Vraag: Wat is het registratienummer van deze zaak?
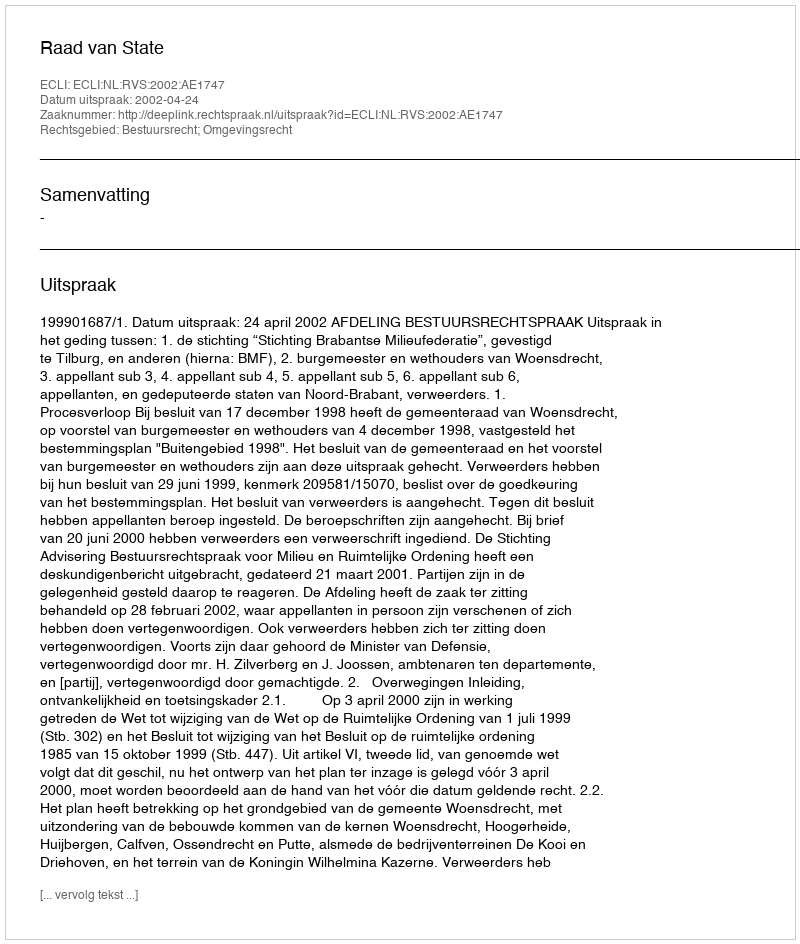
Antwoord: http://deeplink.rechtspraak.nl/uitspraak?id=ECLI:NL:RVS:2002:AE1747